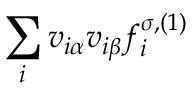
\sum _ { i } v _ { i \alpha } v _ { i \beta } f _ { i } ^ { \sigma , ( 1 ) }